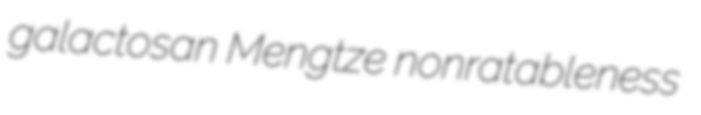
galactosan Mengtze nonratableness